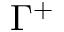
\Gamma ^ { + }